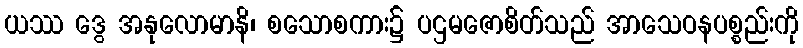
ယဿ ဒွေ အနုလောမာနိ၊ စသောစကား၌ ပဌမဇောစိတ်သည် အာသေဝနပစ္စည်းကို